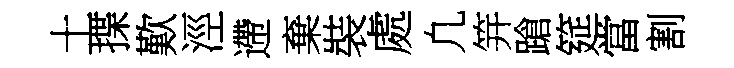
土揲歎涇遰棄裝處凢笄蹌筵當割